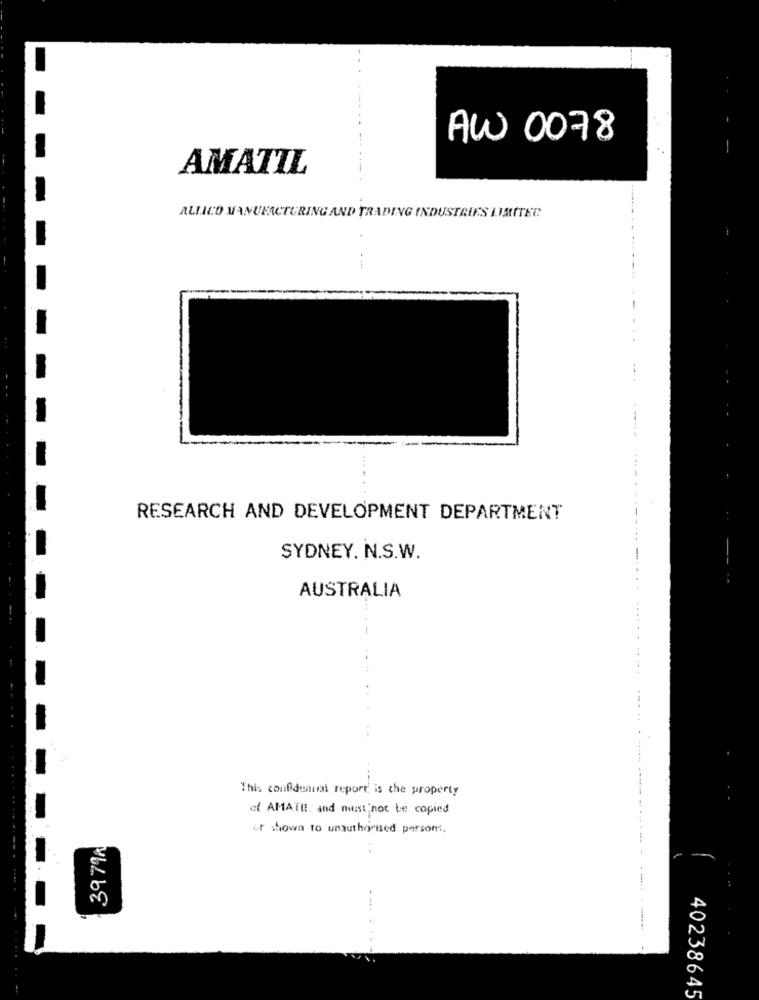
AW 0078
AMATIL
ALLICO MANUFACTURING AND TRADING INDUSTRIES LIMITER
---
..
----
RESEARCH AND DEVELOPMENT DEPARTMENT
--------
SYDNEY. N.S.W.
..
AUSTRALIA
This confideanal report is the property
of AMATI !, and must not be copied
or shown to unauthorised persons.
3979A
40238645